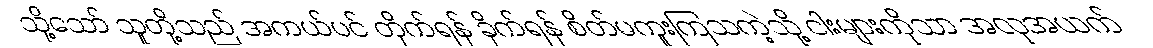
သို့သော် သူတို့သည် အကယ်ပင် တိုက်ရန် ခိုက်ရန် စိတ်မကူးကြသကဲ့သို့ ငါးများကိုသာ အလုအယက်